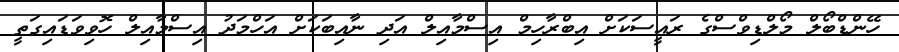
ހޭންޑްބޯލް މޯލްޑިވްސްގެ ރައީސަކަށް އިބްރާހިމް އިސްމާއިލް އަދި ނާއިބަކަށް އަހްމަދު އިސްމާއިލް ހޮވިވަޑައިގަތީ